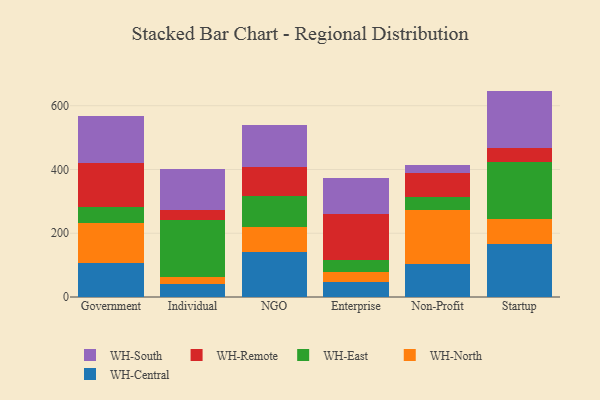
{"axis": {"x": "Segment", "y": "Shipments"}, "legend": ["WH-Central", "WH-East", "WH-North", "WH-Remote", "WH-South"], "data": [{"x": "Government", "y": 106.8, "type": "WH-Central"}, {"x": "Government", "y": 124.2, "type": "WH-North"}, {"x": "Government", "y": 50.2, "type": "WH-East"}, {"x": "Government", "y": 139.7, "type": "WH-Remote"}, {"x": "Government", "y": 147.2, "type": "WH-South"}, {"x": "Individual", "y": 41.9, "type": "WH-Central"}, {"x": "Individual", "y": 21.4, "type": "WH-North"}, {"x": "Individual", "y": 177.5, "type": "WH-East"}, {"x": "Individual", "y": 30.8, "type": "WH-Remote"}, {"x": "Individual", "y": 131.4, "type": "WH-South"}, {"x": "NGO", "y": 141.8, "type": "WH-Central"}, {"x": "NGO", "y": 77.2, "type": "WH-North"}, {"x": "NGO", "y": 97.4, "type": "WH-East"}, {"x": "NGO", "y": 90.7, "type": "WH-Remote"}, {"x": "NGO", "y": 131.9, "type": "WH-South"}, {"x": "Enterprise", "y": 48.1, "type": "WH-Central"}, {"x": "Enterprise", "y": 29.5, "type": "WH-North"}, {"x": "Enterprise", "y": 37.4, "type": "WH-East"}, {"x": "Enterprise", "y": 144.5, "type": "WH-Remote"}, {"x": "Enterprise", "y": 113.3, "type": "WH-South"}, {"x": "Non-Profit", "y": 104.5, "type": "WH-Central"}, {"x": "Non-Profit", "y": 168.7, "type": "WH-North"}, {"x": "Non-Profit", "y": 40.1, "type": "WH-East"}, {"x": "Non-Profit", "y": 75.6, "type": "WH-Remote"}, {"x": "Non-Profit", "y": 26.5, "type": "WH-South"}, {"x": "Startup", "y": 166.8, "type": "WH-Central"}, {"x": "Startup", "y": 78.1, "type": "WH-North"}, {"x": "Startup", "y": 178.3, "type": "WH-East"}, {"x": "Startup", "y": 43.8, "type": "WH-Remote"}, {"x": "Startup", "y": 179.7, "type": "WH-South"}]}